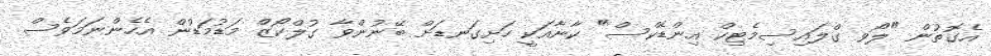
އެގޮތުން "ލޯވ ގްލައިސިމެޓިކް އިންޑެކްސް" ކާނާއަކީ ހަށިގަނޑަށް ބޭނުންވާ ގުލްކޯޒް މަޑުމަޑުން އެހެންނަމަވެސް